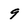
Character: 9